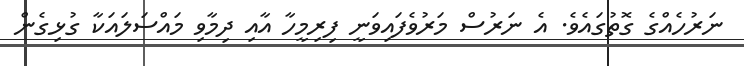
ނަރުހެއްގެ ގޮތުގައެވެ. އެ ނަރުސް މަރުވެފައިވަނީ ފިރިމީހާ އާއި ދިމާވި މައްސަލައަކާ ގުޅިގެން